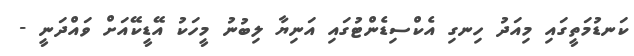
ކަނޑުމަތީގައި މިއަދު ހިނގި އެކްސިޑެންޓުގައި އަނިޔާ ލިބުނު މީހަކު އޭޑީކޭއަށް ވައްދަނީ -